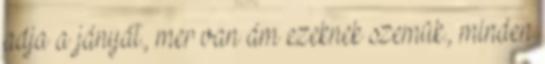
adja a jányát., mer van ám ezeknek szemük., minden